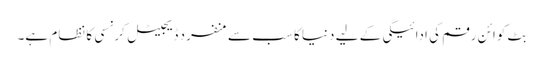
بِٹ کوائن رقم کی ادائیگی کے لیے دنیا کا سب سے منفرد ڈیجیٹل کرنسی کا نظام ہے۔